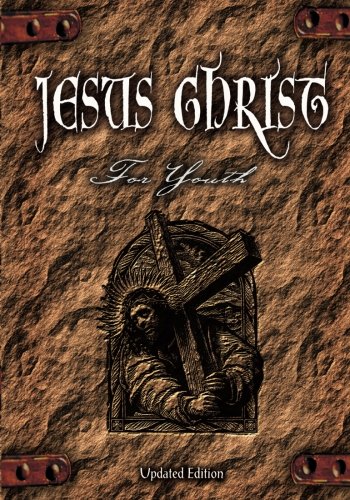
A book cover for Jesus Christ for Youth Student: Updated Edition; Robert Conn; Religion & Spirituality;